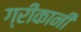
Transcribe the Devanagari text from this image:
ग्रीकानी